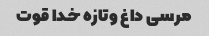
مرسی داغ وتازه خدا قوت